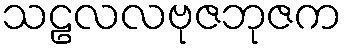
သဠလလဗုဇဘုဇက